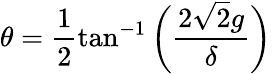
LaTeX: \theta=\frac{1}{2}\tan^{-1}\bigg(\frac{2\sqrt{2}g}{\delta}\bigg)